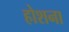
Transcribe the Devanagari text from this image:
होशना